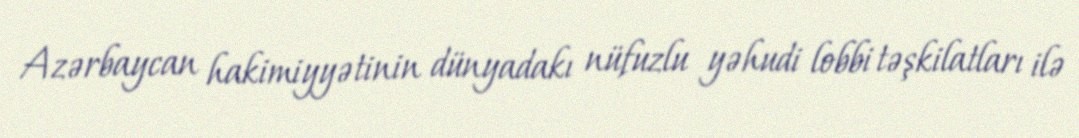
Azərbaycan hakimiyyətinin dünyadakı nüfuzlu yəhudi lobbi təşkilatları ilə